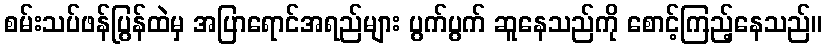
စမ်းသပ်ဖန်ပြွန်ထဲမှ အပြာရောင်အရည်များ ပွက်ပွက် ဆူနေသည်ကို စောင့်ကြည့်နေသည်။